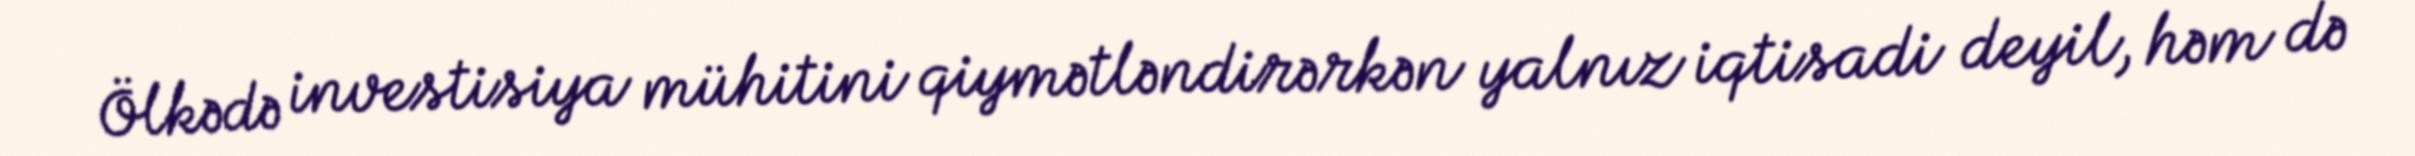
Ölkədə investisiya mühitini qiymətləndirərkən yalnız iqtisadi deyil, həm də